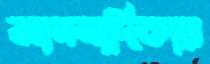
আসসাদিকায়